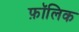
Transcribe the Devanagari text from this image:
फ़ॉलिक